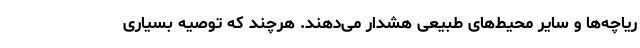
ریاچه‌ها و سایر محیط‌های طبیعی هشدار می‌دهند. هرچند که توصیه بسیاری